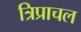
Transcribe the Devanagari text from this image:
त्रिप्राचल